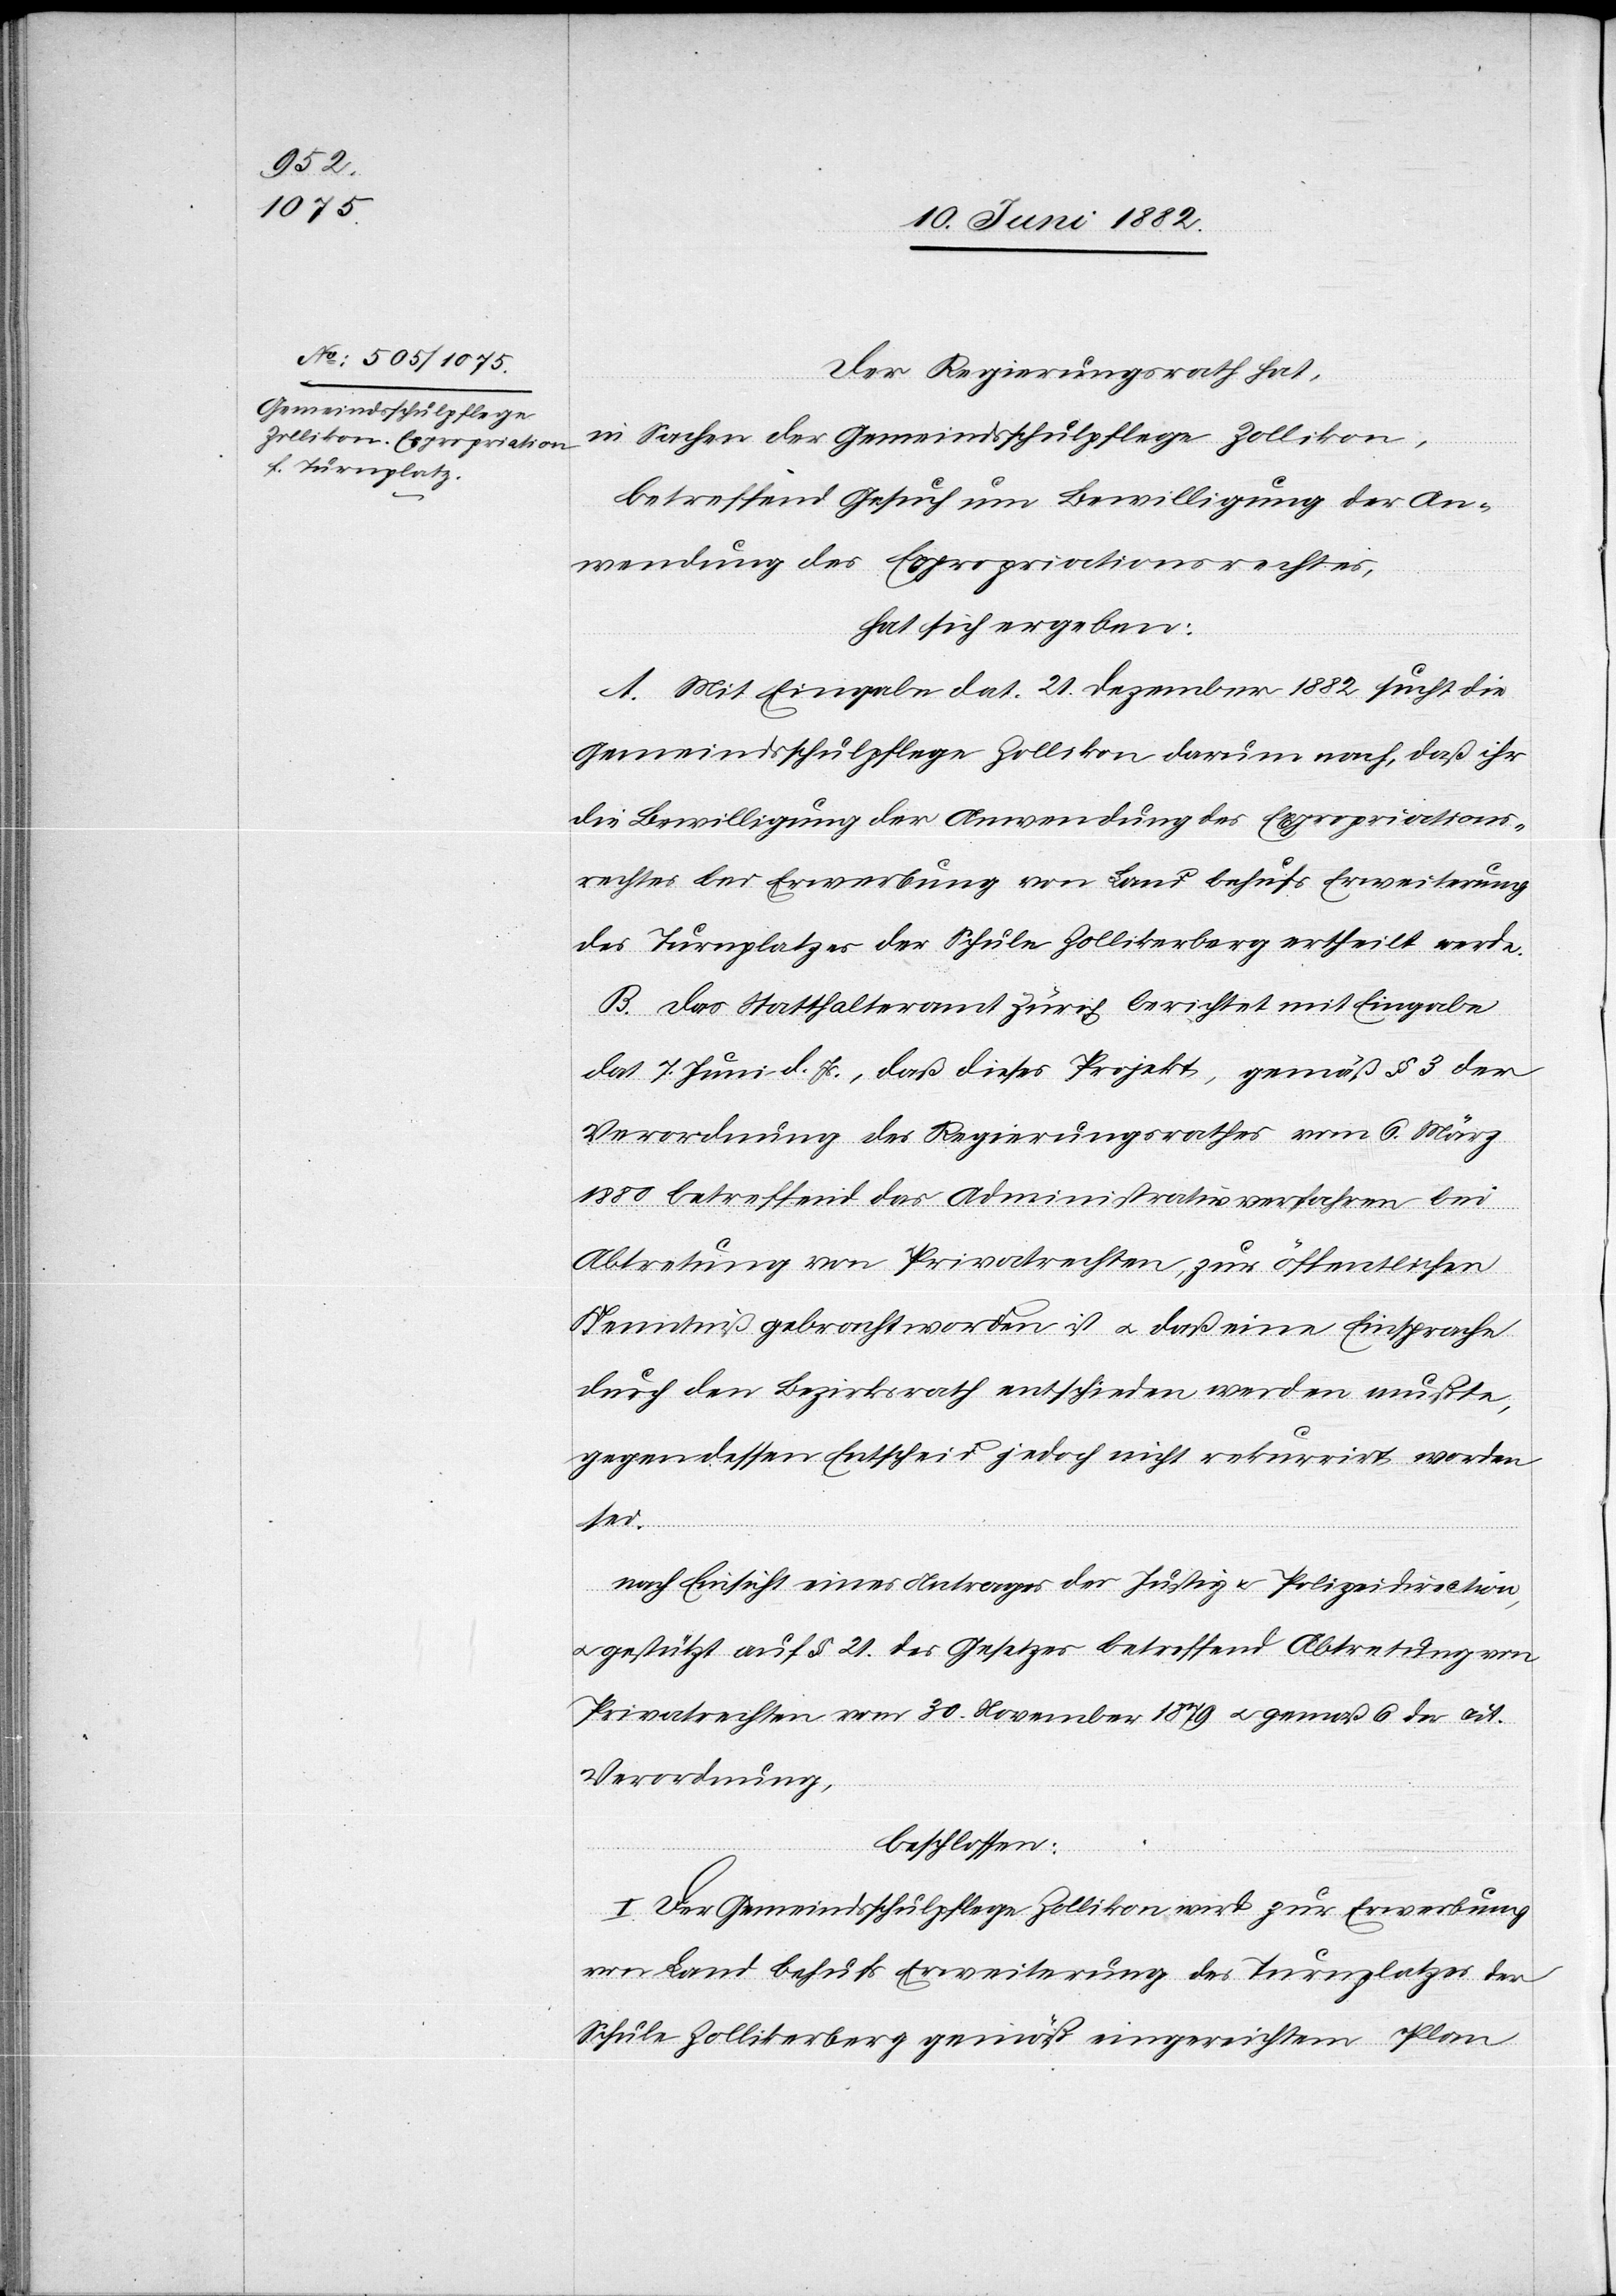
Der Regierungsrath hat,
in Sachen der Gemeindsschulpflege Zollikon,
betreffend Gesuch um Bewilligung der An¬
wendung des Expropriationsrechtes,
hat sich ergeben:
A. Mit Eingabe dat. 21. Dezember 1882 [sic!] sucht die
Gemeindsschulpflege Zollikon darum nach, daß ihr
die Bewilligung der Anwendung des Expropriations¬
rechtes be[t]r. Erwerbung von Land behufs Erweiterung
des Turnplatzes der Schule Zollikerberg ertheilt werde.
B. Das Statthalteramt Zürich berichtet mit Eingabe
dat. 7. Juni d. Js., daß dieses Projekt, gemäß § 3 der
Verordnung des Regierungsrathes vom 6. März
1880 betreffend das Administrativverfahren bei
Abtretung von Privatrechten, zur öffentlich
Kenntniß gebracht worden ist u. daß eine Einsprache
durch den Bezirksrath entschieden werden müßte,
gegen dessen Entscheid jedoch nicht rekurrirt worden
sei.
nach Einsicht eines Antrages der Justiz[-] u. Polizeidirection,
u. gestützt auf § 21 des Gesetzes betreffend Abtretung von
Privatrechten vom 30. November u. gemäß [§] 6 der cit.
Verordnung,
beschlossen:
I. Der Gemeindsschulpflege Zollikon wird zur Erwerbung
von Land behufs Erweiterung des Turnplatzes der
Schule Zollikerberg gemäß eingereichtem Plan